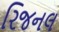
રિજનલ